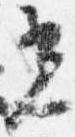
光